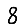
Digit: 8